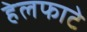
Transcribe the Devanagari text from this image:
हेलफाटे